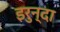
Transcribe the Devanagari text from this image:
इरुन्दा